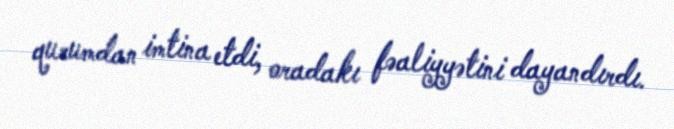
qurumdan imtina etdi, oradakı fəaliyyətini dayandırdı.